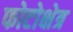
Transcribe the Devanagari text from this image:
फोटोक्षेत्र